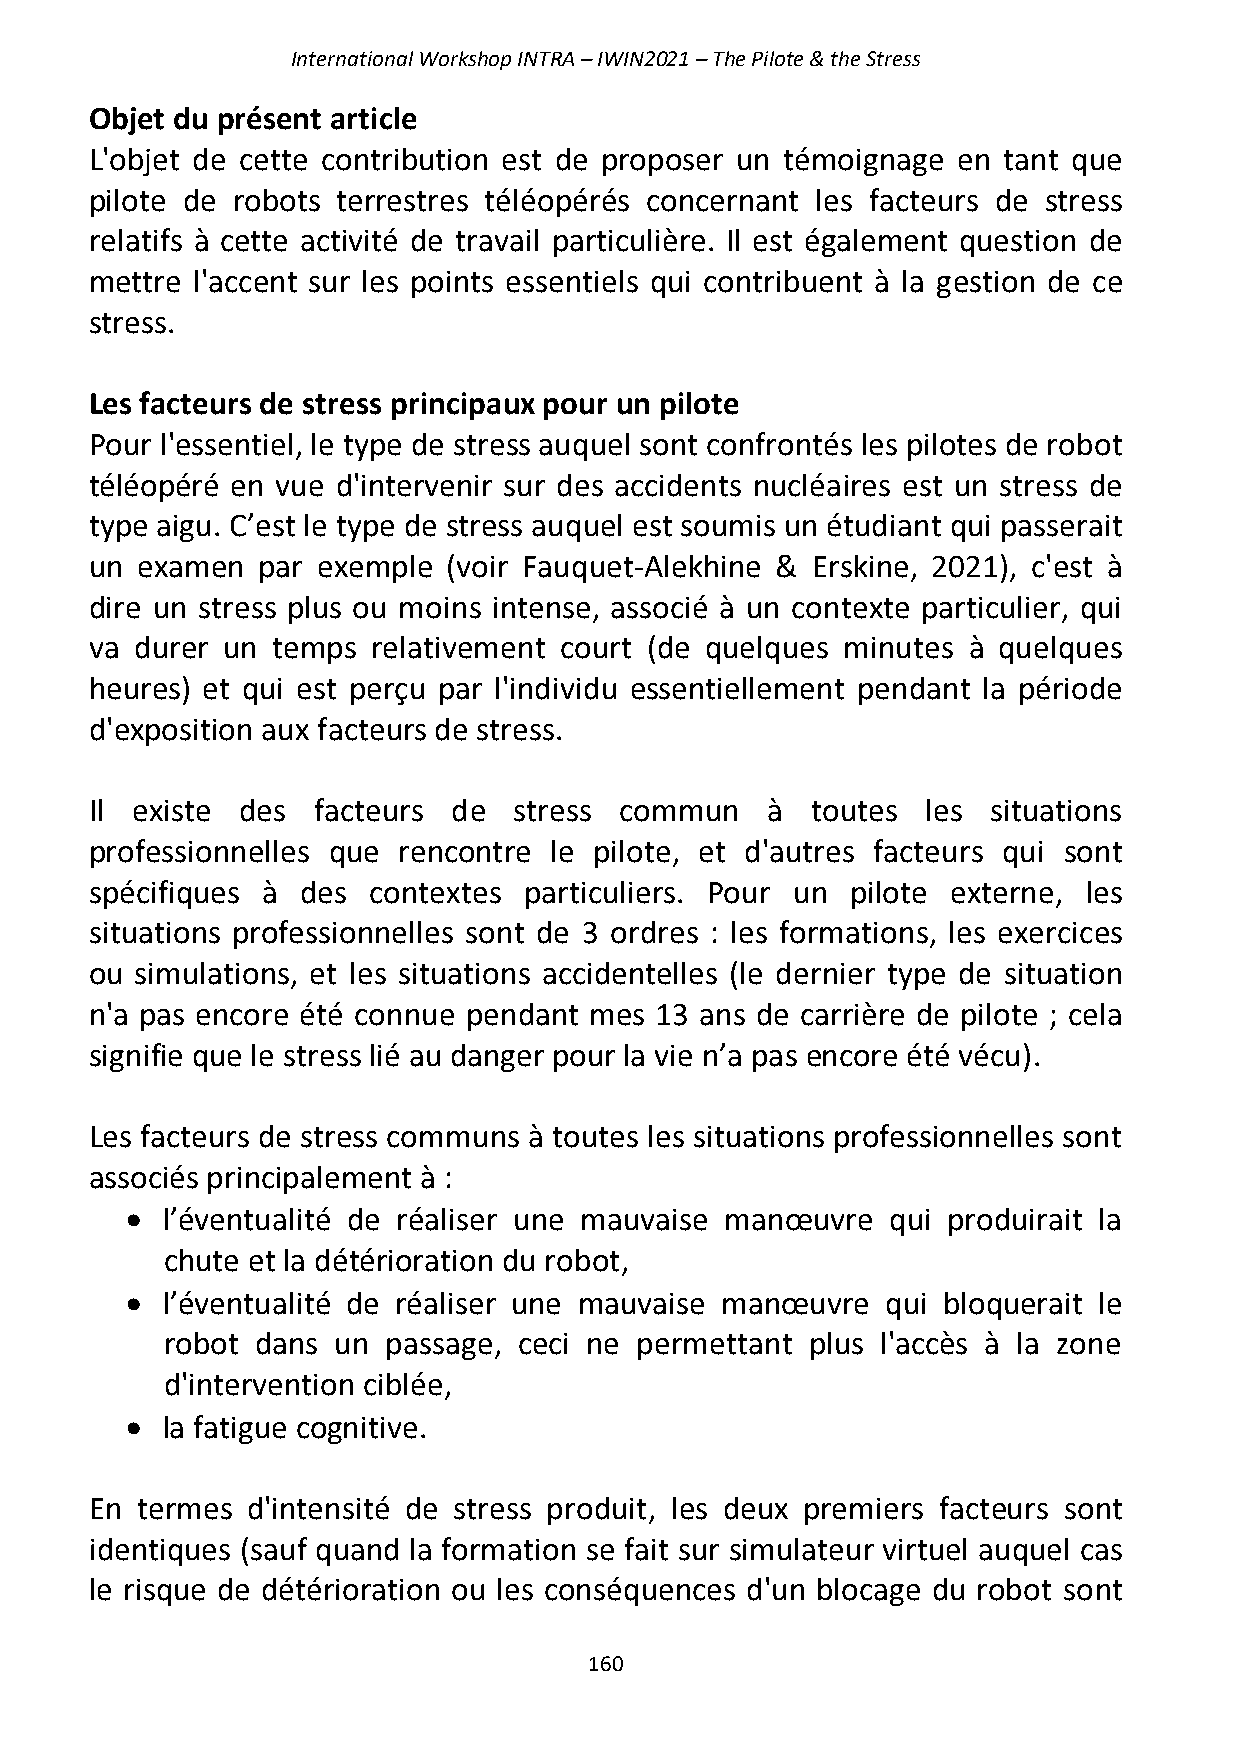
International Workshop INTRA – IWIN2021 – The Pilote & the Stress
 Objet du présent article
 L'objet de cette contribution est de proposer un témoignage en tant que
 pilote de robots terrestres téléopérés concernant les facteurs de stress
 relatifs à cette activité de travail particulière. Il est également question de
 mettre l'accent sur les points essentiels qui contribuent à la gestion de ce
 stress.
 Les facteurs de stress principaux pour un pilote
 Pour l'essentiel, le type de stress auquel sont confrontés les pilotes de robot
 téléopéré en vue d'intervenir sur des accidents nucléaires est un stress de
 type aigu. C’est le type de stress auquel est soumis un étudiant qui passerait
 un examen  par exemple  (voir Fauquet-Alekhine & Erskine, 2021), c'est à
 dire un stress plus ou moins intense, associé à un contexte particulier, qui
 va durer un temps  relativement court (de quelques minutes à quelques
 heures) et qui est perçu par l'individu essentiellement pendant la période
 d'exposition aux facteurs de stress.
 Il existe des  facteurs de  stress commun    à  toutes les  situations
 professionnelles que rencontre le pilote, et d'autres facteurs qui sont
 spécifiques à des contextes  particuliers. Pour un pilote externe, les
 situations professionnelles sont de 3 ordres : les formations, les exercices
 ou simulations, et les situations accidentelles (le dernier type de situation
 n'a pas encore été connue pendant mes 13 ans de carrière de pilote ; cela
 signifie que le stress lié au danger pour la vie n’a pas encore été vécu).
 Les facteurs de stress communs à toutes les situations professionnelles sont
 associés principalement à :
 •  l’éventualité de réaliser une mauvaise manœuvre qui produirait la
 chute et la détérioration du robot,
 •  l’éventualité de réaliser une mauvaise manœuvre qui bloquerait le
 robot dans un  passage, ceci ne permettant plus l'accès à la zone
 d'intervention ciblée,
 •  la fatigue cognitive.
 En termes d'intensité de stress produit, les deux premiers facteurs sont
 identiques (sauf quand la formation se fait sur simulateur virtuel auquel cas
 le risque de détérioration ou les conséquences d'un blocage du robot sont
 160